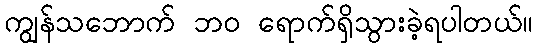
ကျွန်သဘောက် ဘ၀ ရောက်ရှိသွားခဲ့ရပါတယ်။